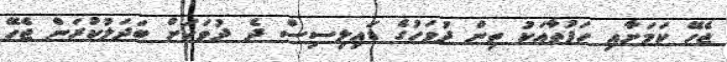
ޖެހޭ ކަމަށާއި ހަފުތާއަކު ތިން ދުވަހުގެ ޑައިލިސިސް ދެ ދުވަހަށް ބަދަލުކުރަން ޖެހޭ